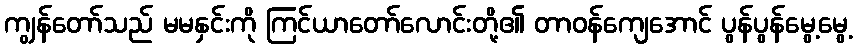
ကျွန်တော်သည် မမနှင်းကို ကြင်ယာတော်လောင်းတို့၏ တာဝန်ကျေအောင် ပွန်ပွန်မွေ့မွေ့